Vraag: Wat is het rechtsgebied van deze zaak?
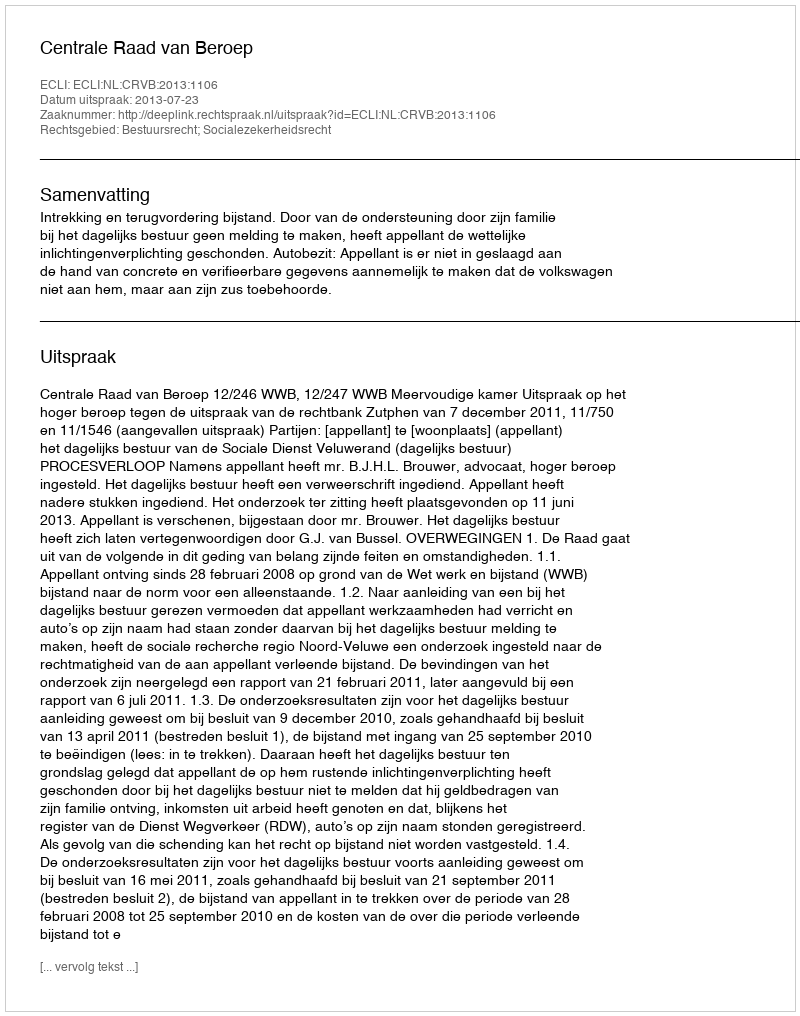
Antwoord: Bestuursrecht; Socialezekerheidsrecht